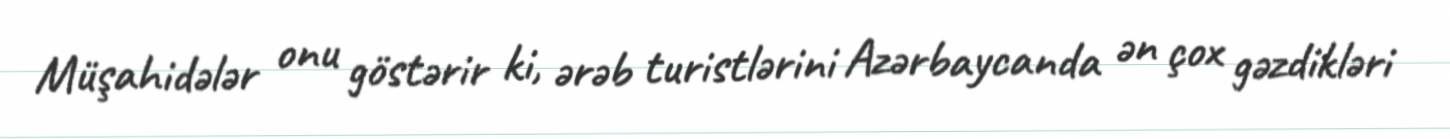
Müşahidələr onu göstərir ki, ərəb turistlərini Azərbaycanda ən çox gəzdikləri